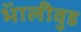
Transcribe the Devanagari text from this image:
भॅालीवुड